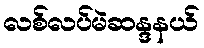
လစ်လပ်မဲဆန္ဒနယ်